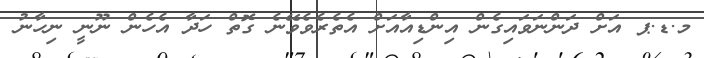
މ.ޑ.ޕ އަށް ދަންނަވައިގެން އިންޑިއާއަށް އެތެރެވެވޭނެ ގޮތް ހަދާ އެހެން ނޫނީ ނިހާނު